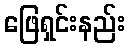
ဖြေရှင်းနည်း